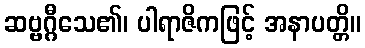
ဆဗ္ဗဂ္ဂီသေ၏၊ ပါရာဇိကဖြင့် အနာပတ္တိ။